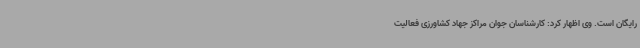
رایگان است. وی اظهار کرد: کارشناسان جوان مراکز جهاد کشاورزی فعالیت